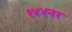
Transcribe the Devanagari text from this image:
१४४नर